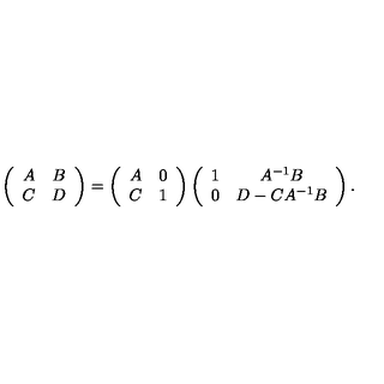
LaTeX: \left( \begin{array} { c c } { A } & { B } \\ { C } & { D } \\ \end{array} \right) = \left( \begin{array} { c c } { A } & { 0 } \\ { C } & { 1 } \\ \end{array} \right) \left( \begin{array} { c c } { 1 } & { A ^ { - 1 } B } \\ { 0 } & { D - C A ^ { - 1 } B } \\ \end{array} \right) .